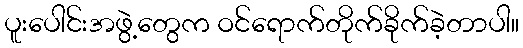
ပူးပေါင်းအဖွဲ့တွေက ဝင်ရောက်တိုက်ခိုက်ခဲ့တာပါ။